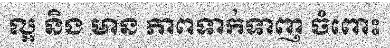
ល្អ និង មាន ភាពទាក់ទាញ ចំពោះ